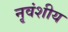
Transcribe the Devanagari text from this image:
नृवंशीय